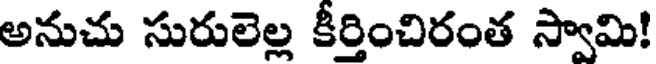
అనుచు సురులెల్ల కీర్తించిరంత స్వామి!